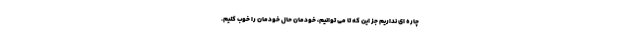
چاره ای نداریم جز این که تا می توانیم، خودمان حال خودمان را خوب کنیم.